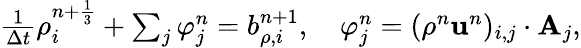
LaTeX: \begin{array}{r}{\frac{1}{\Delta t}{\rho}_{i}^{n+\frac{1}{3}}+\sum_{j}\varphi_{j}^{n}=b_{\rho,i}^{n+1},\quad\varphi_{j}^{n}=(\rho^{n}\mathbf u^{n})_{i,j}\cdot\textbf{A}_{j},}\end{array}